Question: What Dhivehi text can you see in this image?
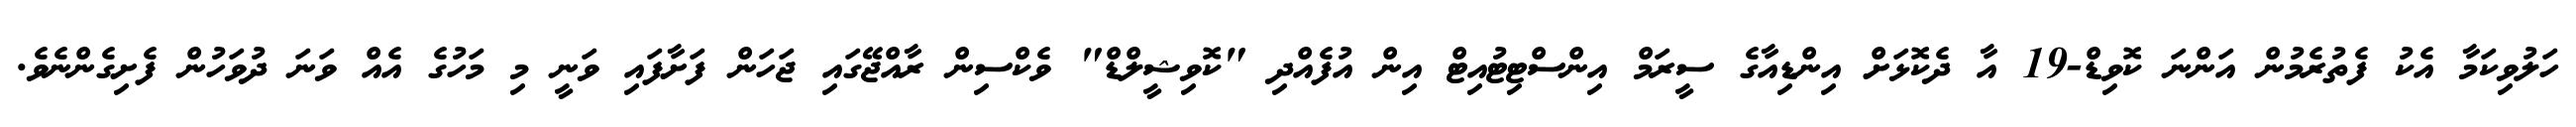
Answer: ހަލުވިކަމާ އެކު ފެތުރެމުން އަންނަ ކޮވިޑް-19 އާ ދެކޮޅަށް އިންޑިއާގެ ސީރަމް އިންސްޓިޓުއިޓް އިން އުފެއްދި "ކޮވިޝީލްޑް" ވެކްސިން ރާއްޖޭގައި ޖަހަން ފަށާފައި ވަނީ މި މަހުގެ އެއް ވަނަ ދުވަހުން ފެށިގެންނެވެ.